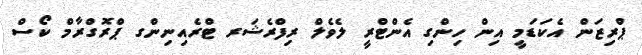
ޕްރިޒަން އެކަޑަމީ އިން ހިންގި އެންޓްރީ ލެވެލް ރިފްރެޝަރ ޓްރެއިނިންގ ޕްރޮގްރާމް ކޯސް